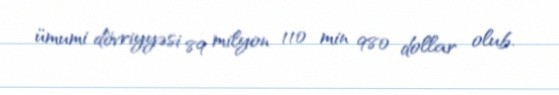
ümumi dövriyyəsi 89 milyon 110 min 980 dollar olub.